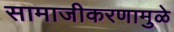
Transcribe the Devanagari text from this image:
सामाजीकरणामुळे